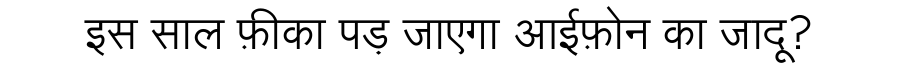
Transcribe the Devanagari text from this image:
इस साल फ़ीका पड़ जाएगा आईफ़ोन का जादू?